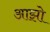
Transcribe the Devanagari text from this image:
आझो